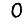
Digit: 0